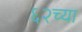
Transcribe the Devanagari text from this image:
६२च्या